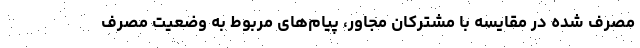
مصرف شده در مقایسه با مشترکان مجاور، پیام‌های مربوط به وضعیت مصرف